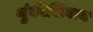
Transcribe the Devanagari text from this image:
थुंकीशिवाय